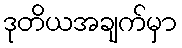
ဒုတိယအချက်မှာ